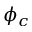
\phi _ { c }